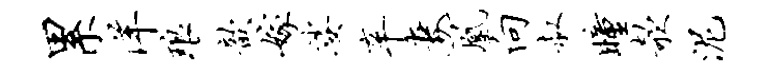
累洋琅歆嫁娑辛妻凰向叔瞳欹泥